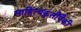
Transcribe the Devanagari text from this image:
साहित्यकृतींपैकी